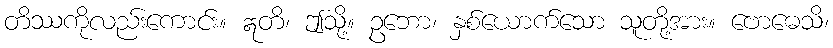
တိဿကိုလည်းကောင်း။ ဣတိ၊ ဤသို့။ ဥဘော၊ နှစ်ယောက်သော သူတို့အား။ ဗောဓေသိ၊